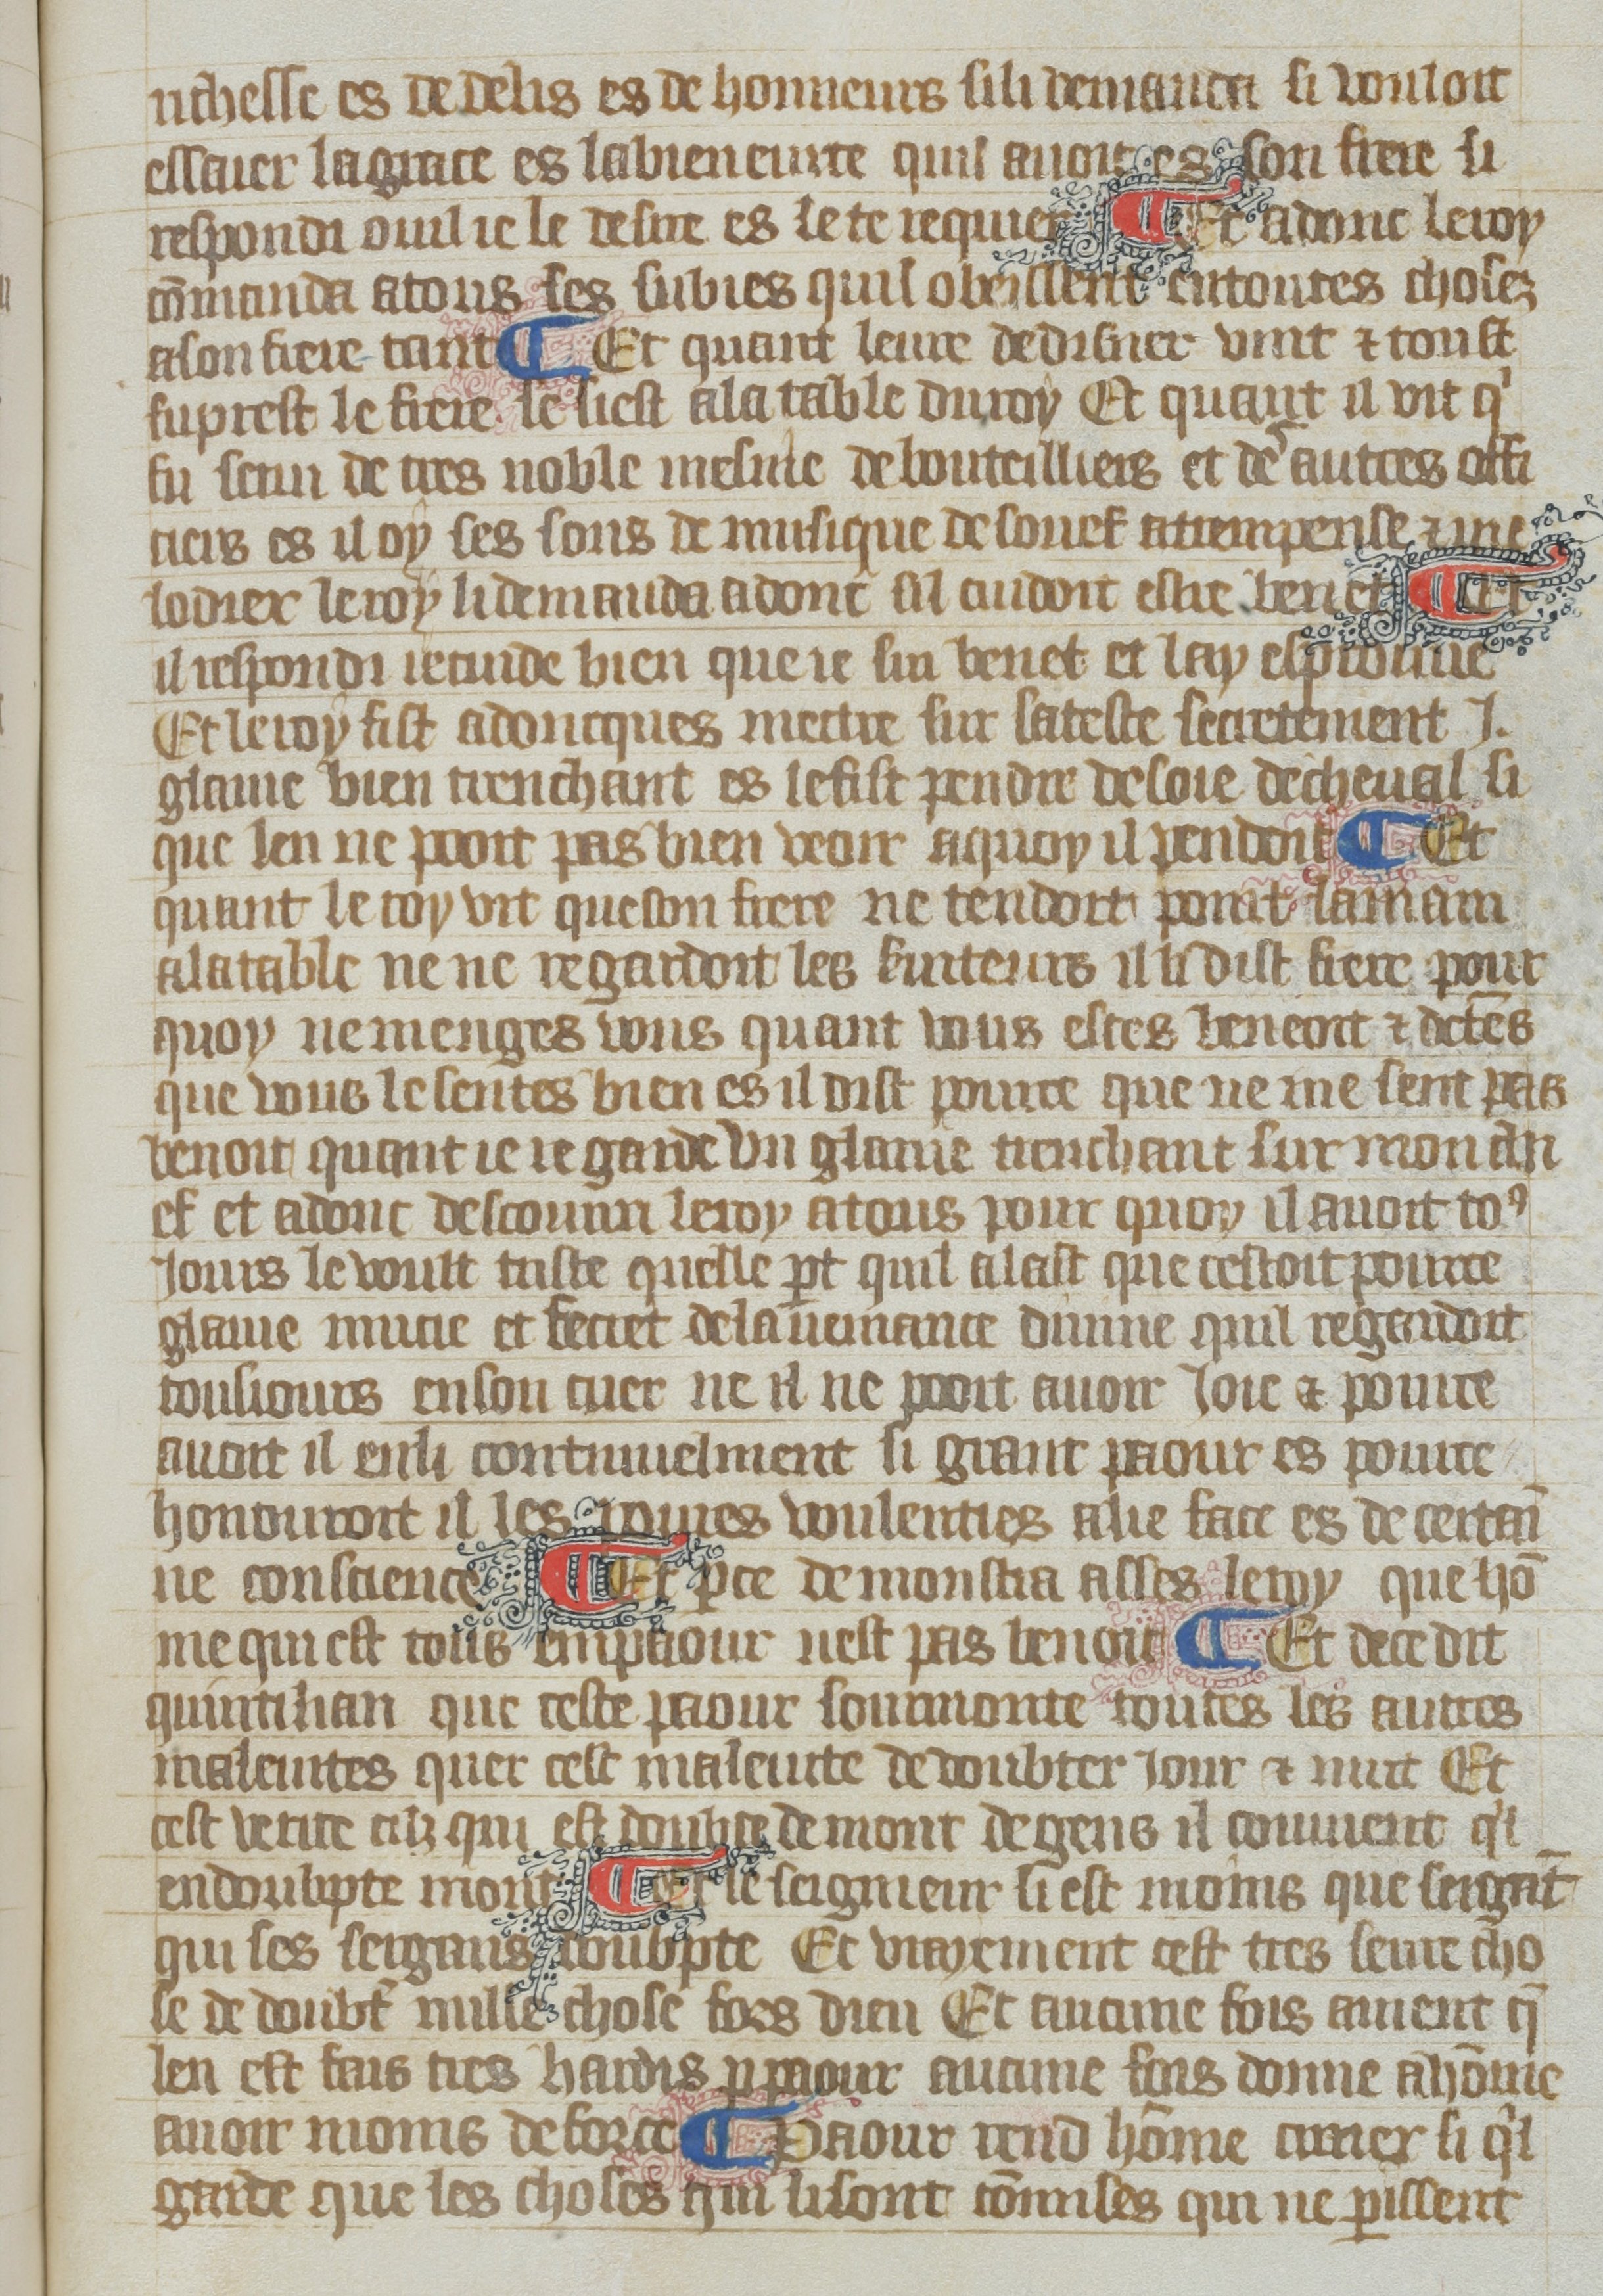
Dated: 1380–1399